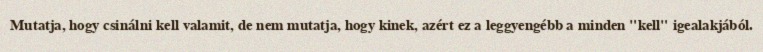
Mutatja, hogy csinálni kell valamit, de nem mutatja, hogy kinek, azért ez a leggyengébb a minden "kell" igealakjából.